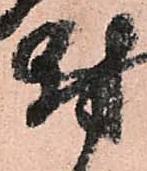
尉